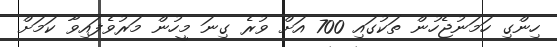
ހިންގި ހަމަނުޖެހުން ތަކުގައި 700 އަށް ވުރެ ގިނަ މީހުން މަރުވެފައިވާ ކަމަށް